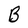
Character: B